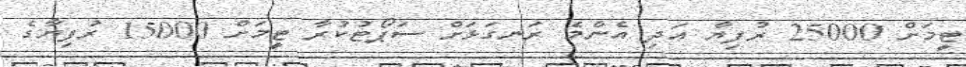
ޓީމަށް 25000 ރުފިޔާ އަދި އެންމެ ރަނގަޅަށް ސަޕޯޓުކުރާ ޓީމަށް 15000 ރުފިޔާގެ